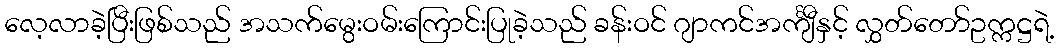
လေ့လာခဲ့ပြီးဖြစ်သည် အသက်မွေးဝမ်းကြောင်းပြုခဲ့သည် ခန်းဝင် ဂျာကင်အင်္ကျီနှင့် လွှတ်တော်ဥက္ကဋ္ဌရဲ့